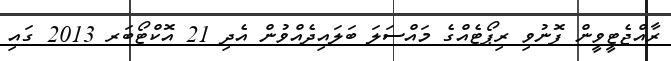
ރާއްޖެޓީވީން ފޮނުވި ރިޕޯޓެއްގެ މައްސަލަ ބަލައިދެއްވުން އެދި 21 އޮކްޓޯބަރ 2013 ގައި